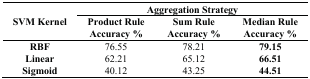
<table><thead><tr><td rowspan="3"><b>SVM Kernel</b></td><td colspan="3"><b>Aggregation Strategy</b></td></tr><tr><td><b>Product Rule Accuracy %</b></td><td><b>Sum Rule Accuracy %</b></td><td><b>Median Rule Accuracy %</b></td></tr></thead><tbody><tr><td><b>RBF</b></td><td>76.55</td><td>78.21</td><td><b>79.15</b></td></tr><tr><td><b>Linear</b></td><td>62.21</td><td>65.12</td><td><b>66.51</b></td></tr><tr><td><b>Sigmoid</b></td><td>40.12</td><td>43.25</td><td><b>44.51</b></td></tr></tbody></table>